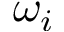
\omega _ { i }